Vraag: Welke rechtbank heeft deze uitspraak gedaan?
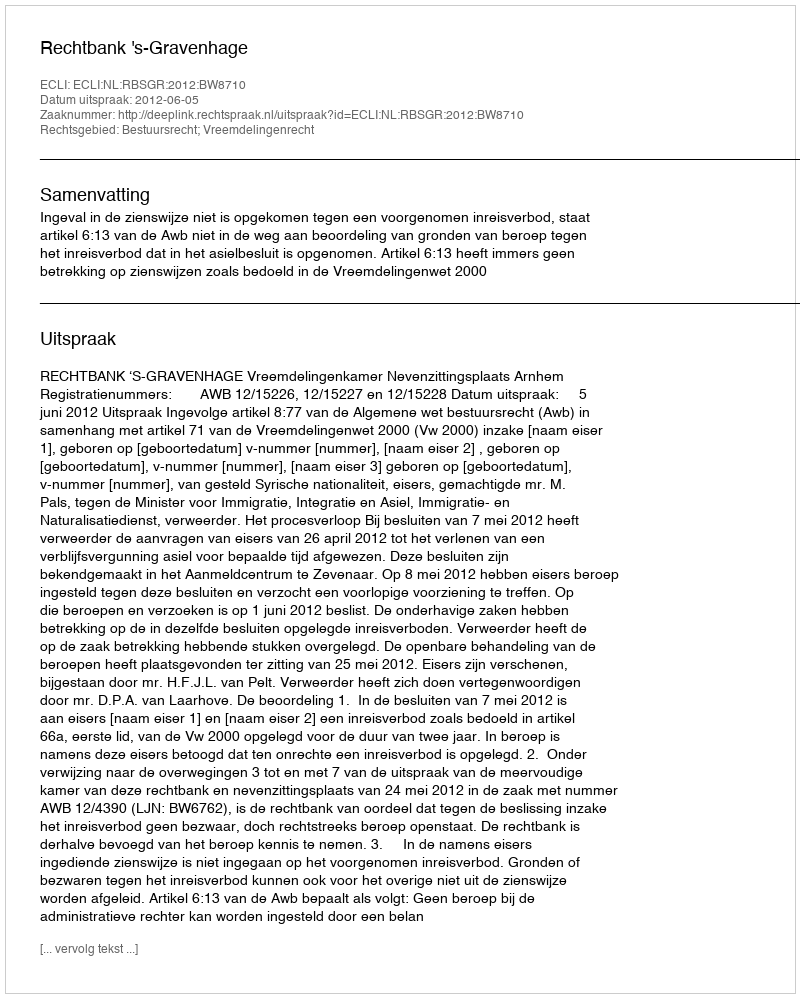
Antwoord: Rechtbank 's-Gravenhage